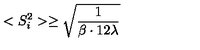
< S _ { i } ^ { 2 } > \ge { \sqrt \frac { 1 } { \beta \cdot 1 2 \lambda } }